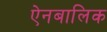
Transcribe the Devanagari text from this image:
ऐनबालिक